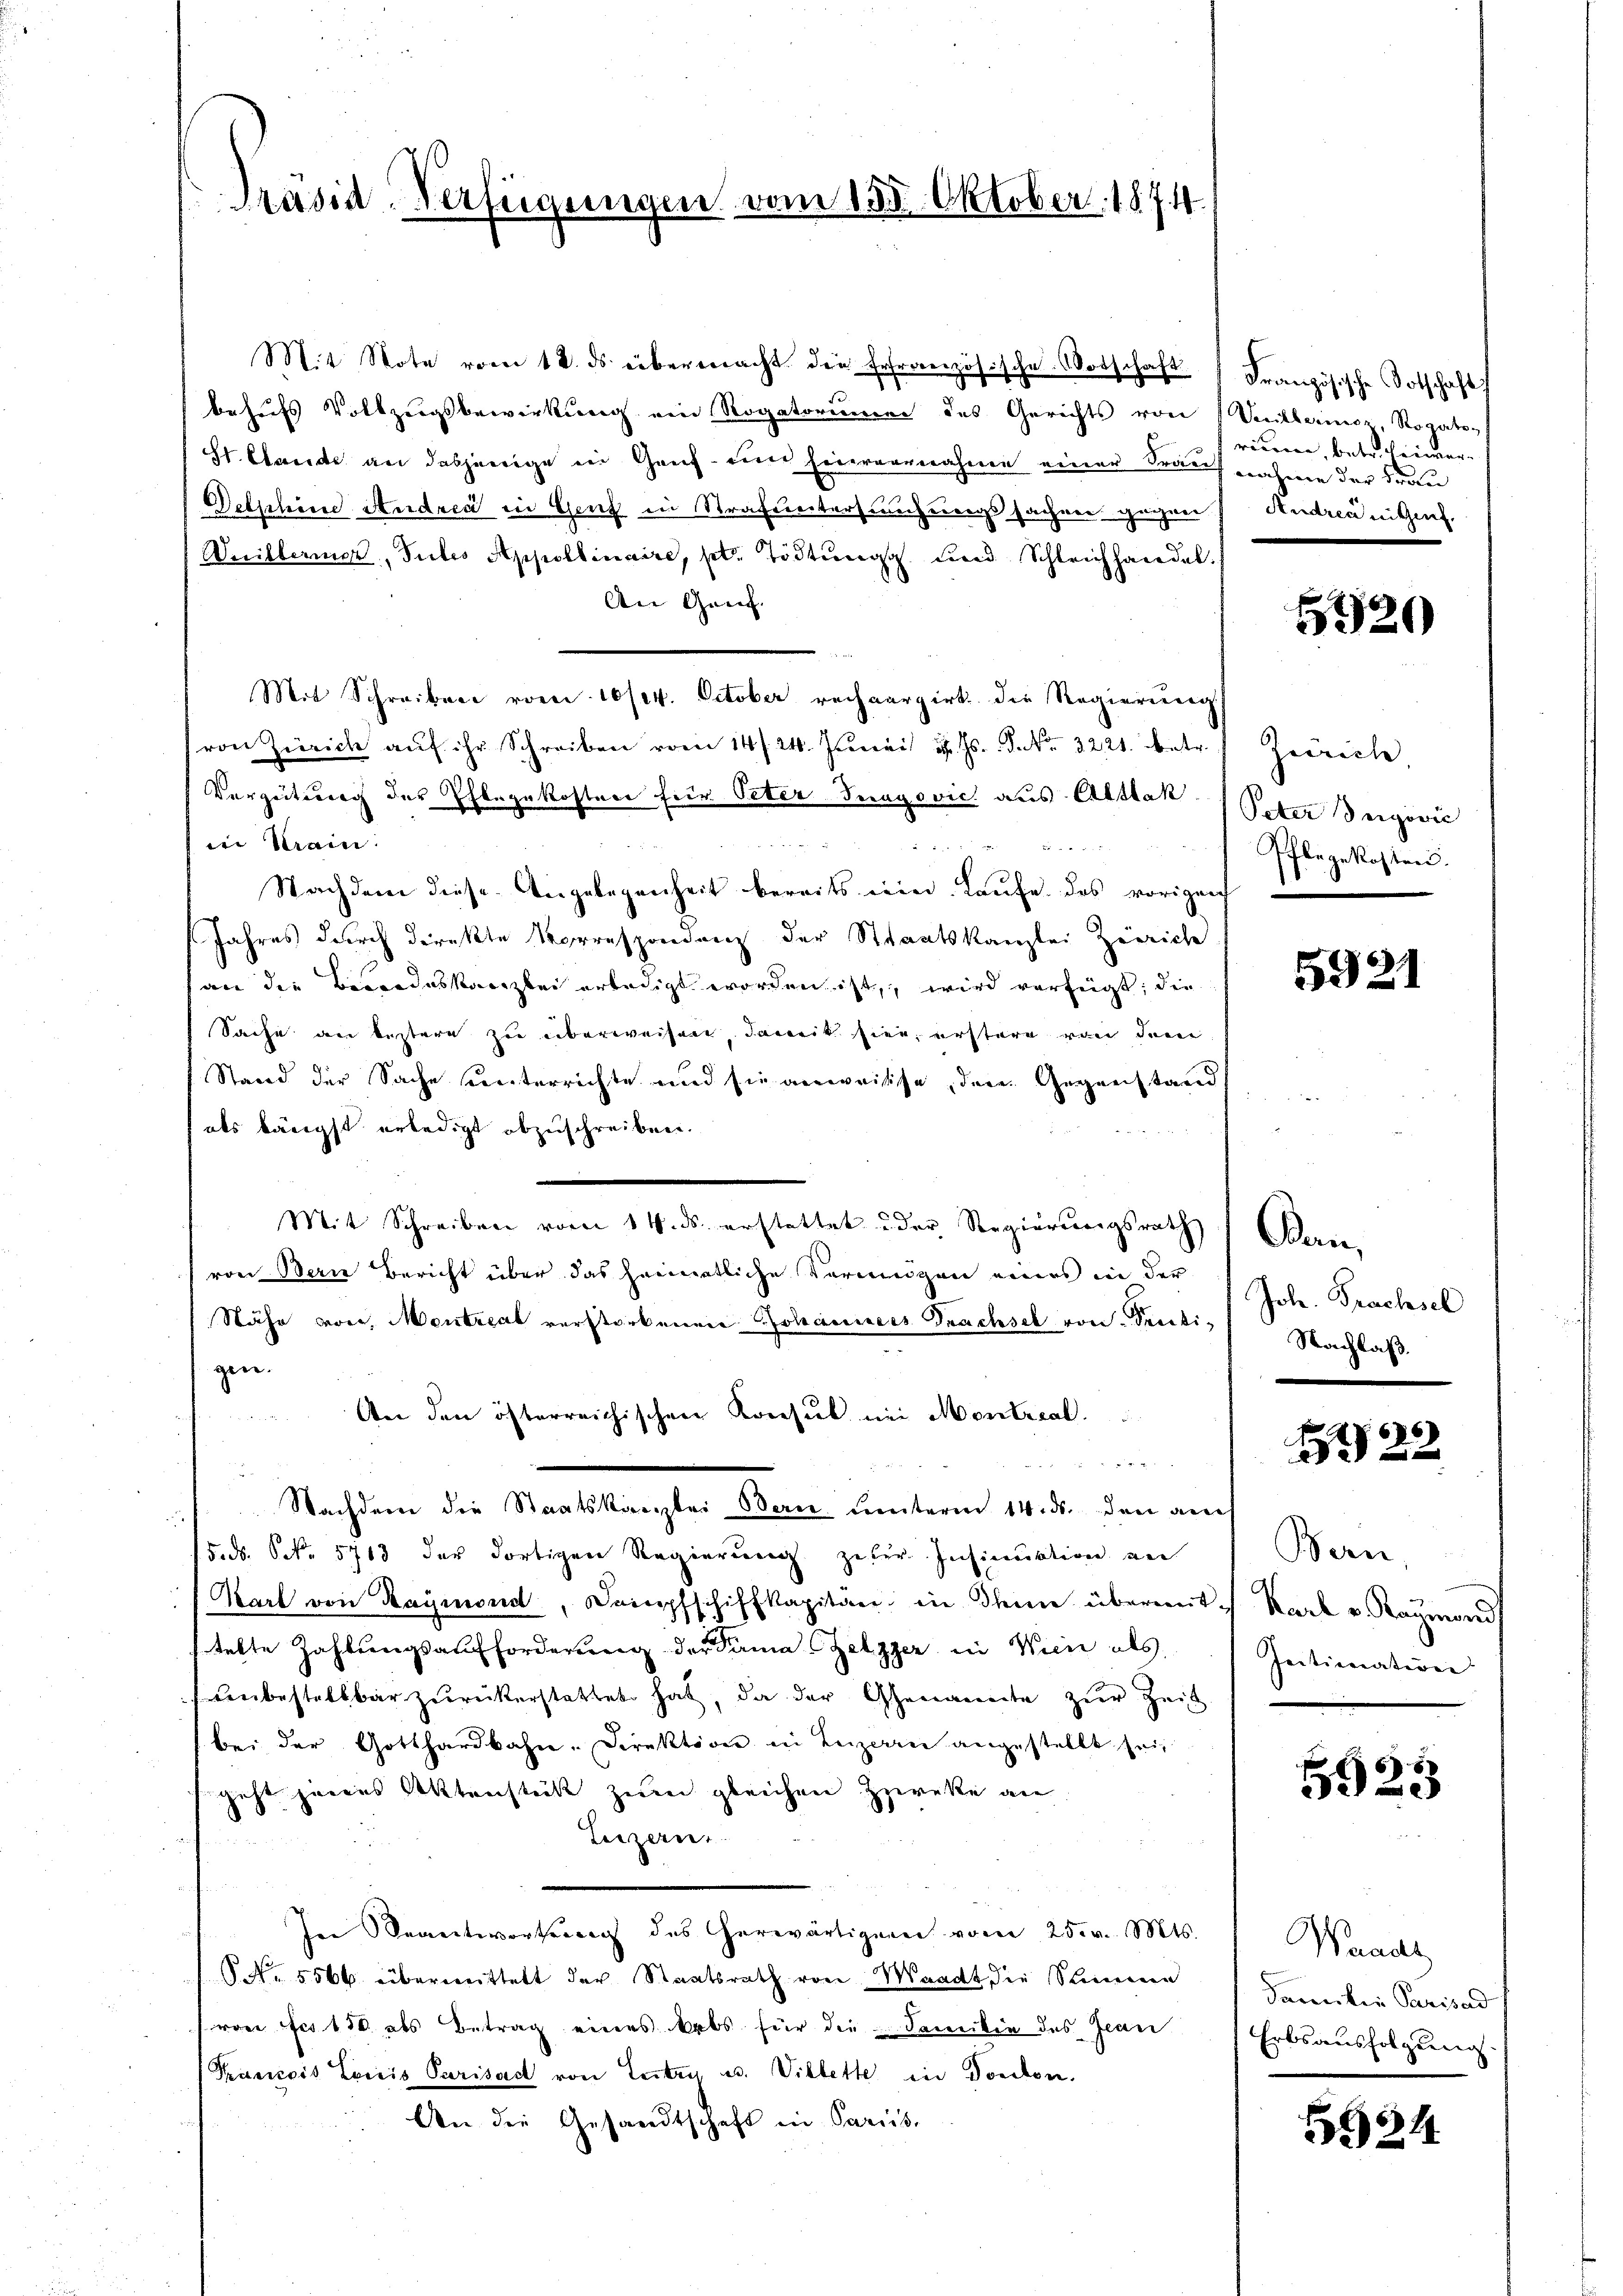
Präsid-Verfügungen vom 138. Oktober. 1874.

Mit Note vom 12. ds. übermacht die Erfranzösische Vorschaft Französische Totschaft
behufs Vollzugsbewirkung ein Rogatorieren des Gerichts von Vertheriner, Rogato-
St. Claude an dasjenige in Gauf- und Einvernahme einer drauf nahme der Frau
Delphine Andrea in Genf in Strafuntersuchungssachen gegen Andreangef
Weilberner, Tutes Appoldinaire, sel. Tödtung und Schleichhandel.
An Genf.
Mit Schreiben vom 10/04. October rechargirt die Regierŭng
(von Zürich aŭf ihr Schreiben vom 14. 24. Juni u. s. S. No. 3221. betr.
Verzeitung des Pflegekosten für Peter Jungovic aus Altlak

ei Krain.

Nachdem diese Angelegenheit bereits sein. Laufe des vorigen
Jahres durch direkte Vorrespondenz der Staatskanzlei Zürich
an die Bewodeskanzlei erledigt worden ist, wird verfügt; die
Sache an bestern zu überweisen. Janik hier, erstere von dem
Stand der Sache unterrichte und sie anweisse, den Gegenstand
als kämpft erledigt abzuschreiben.
Mit Schreiben vom 14. ds. erstattet der Regierungsrath Bern
von Bern Bericht über das heimatliche Verweigen eines in der
Nähe von Montreat verstorbenen Johannes Prachsel von Sectigen.
Aer den österreichischen Konsul im Montreal

Nachdem die Staatskanzlei Bern unterm 14. ds. den auch
F.ds. S. 5763 der dortigen Regierung zufer Insinuation ver
Karl von Raymond, Dopfschiffkapitän in den übermit Karl v. Raymond
telte Zahlŭngsaufforderŭng der Prima Zelzzer in Wien als
unbestellbar zŭrückerstattet hat, da der Genannte zŭr Zeit
bei der Gotthardbahn-Direktion in Luzern angestellt sei,
geht jenes Aktenstück zum gleichen Zwecke an
Luzern
In Beantwortung des erwärtigung vom 25. v. Mts.
S. 5566 übermittelt der Staatsrath von Waadt die Stimmen
rone es 150 als Betrag eines Erbs für die Samilie des Jean
(Francois Louis Parisad von Entry u. Villette in Fondon.
An die Gesandtschaft in Paris,

rium, betr. einer

5520

Zürich
Peter Vergović
Pflegekosten.

5921

Joh. Prachsel
Nachlaß.

22

Bern
Initimation

5923

Wandl
Familie Parisad
Erbsausfolgung.

54